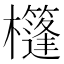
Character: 𣠑